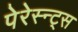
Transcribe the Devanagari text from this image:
पेरेस्न्ट्स